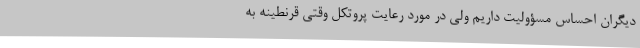
دیگران احساس مسؤولیت داریم ولی در مورد رعایت پروتکل وقتی قرنطینه به